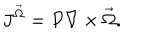
J ^ { \vec { \Omega } } = P \nabla \times \vec { \Omega } .